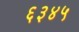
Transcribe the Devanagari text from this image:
६३४५